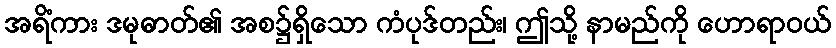
အရိံကား ဒမုဓာတ်၏ အစ၌ရှိသော ကံပုဒ်တည်း၊ ဤသို့ နာမည်ကို ဟောရာဝယ်